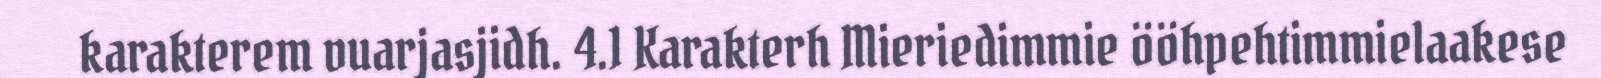
karakterem vuarjasjidh. 4.1 Karakterh Mieriedimmie ööhpehtimmielaakese